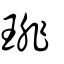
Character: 琲